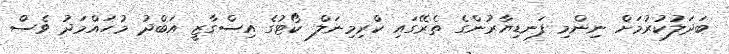
ބަދަލުކުރުމަށް ނިންމި ފަނޑިޔާރުންގެ ތެރޭގައި ކްރިމިނަލް ކޯޓުގެ އިސްގާޒީ އަބްދު މުހައްމަދު ވެސް